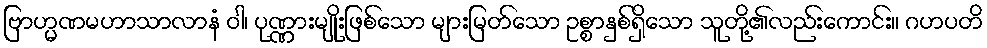
ဗြာဟ္မဏမဟာသာလာနံ ဝါ၊ ပုဏ္ဏားမျိုးဖြစ်သော များမြတ်သော ဥစ္စာနှစ်ရှိသော သူတို့၏လည်းကောင်း။ ဂဟပတိ